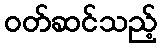
ဝတ်ဆင်သည့်